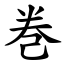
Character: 巻